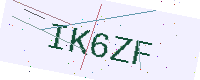
Text: IK6ZF